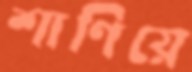
শাণিয়ে